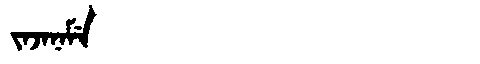
Manchu: ᠵᠠᠵᠠᠨᠠᠮᡝ
Romanization: JAJANAME